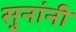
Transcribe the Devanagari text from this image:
सुनांनी